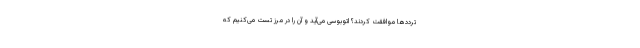
ترددها موافقت کردند؟ اتوبوسی می‌آید و آن را در مرز تست می‌کنیم که